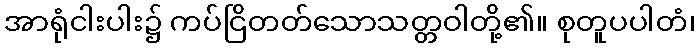
အာရုံငါးပါး၌ ကပ်ငြိတတ်သောသတ္တဝါတို့၏။ စုတူပပါတံ၊